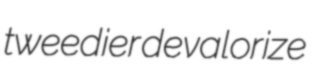
tweedier devalorize